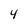
Character: 4